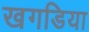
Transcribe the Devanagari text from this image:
खगडिया